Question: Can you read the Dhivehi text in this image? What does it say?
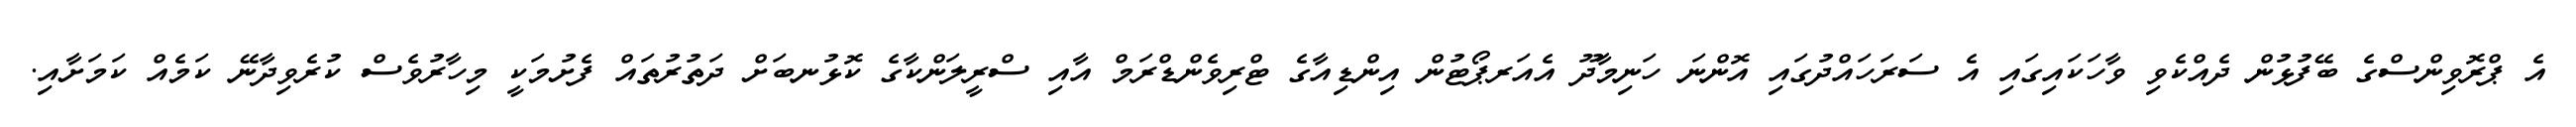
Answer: އެ ޕްރޮވިންސްގެ ބޭފުޅުން ދެއްކެވި ވާހަކައިގައި އެ ސަރަހައްދުގައި އޮންނަ ހަނިމާދޫ އެއަރޕޯޓުން އިންޑިއާގެ ޓްރިވެންޑްރަމް އާއި ސްރީލަންކާގެ ކޮޅުނބަށް ދަތުރުތައް ފެށުމަކީ މިހާރުވެސް ކުރެވިދާނޭ ކަމެއް ކަމަށާއި.